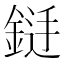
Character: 𮢐